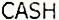
CASH